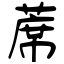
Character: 蓆